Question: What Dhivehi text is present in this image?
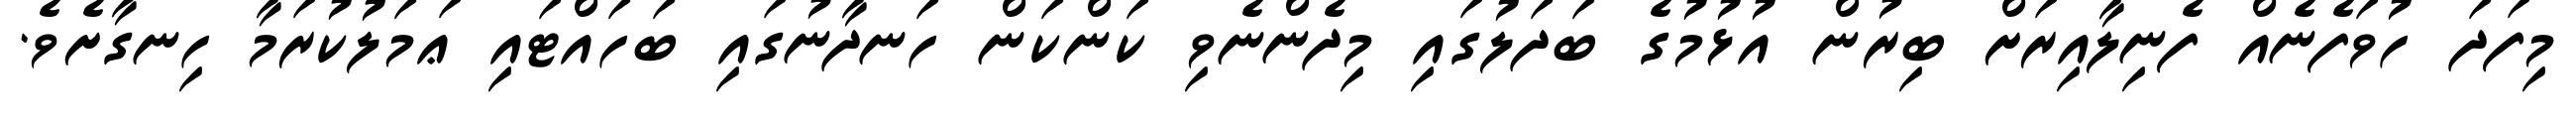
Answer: މިފަދަ ހުވަފެނެއް ފެނިލާއިރަށް ބިރުން އުޅުމުގެ ބަދަލުގައި މިދެންނެވި ކަންކަން ހަނދާނުގައި ބަހައްޓައި ޢަމަލުކުރަމާ ހިނގާށެވެ.